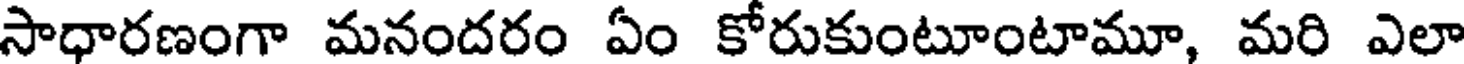
సాధారణంగా మనందరం ఏం కోరుకుంటూంటామూ, మరి ఎలా